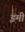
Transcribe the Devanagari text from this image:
इमी